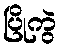
ပြိုကွဲ